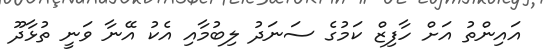
އައިންތު އަށް ހާފިޒް ކަމުގެ ސަނަދު ލިބުމާއި އެކު އޭނާ ވަނީ ތުޅާދޫ